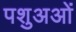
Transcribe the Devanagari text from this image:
पशुअओं